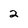
Character: 2